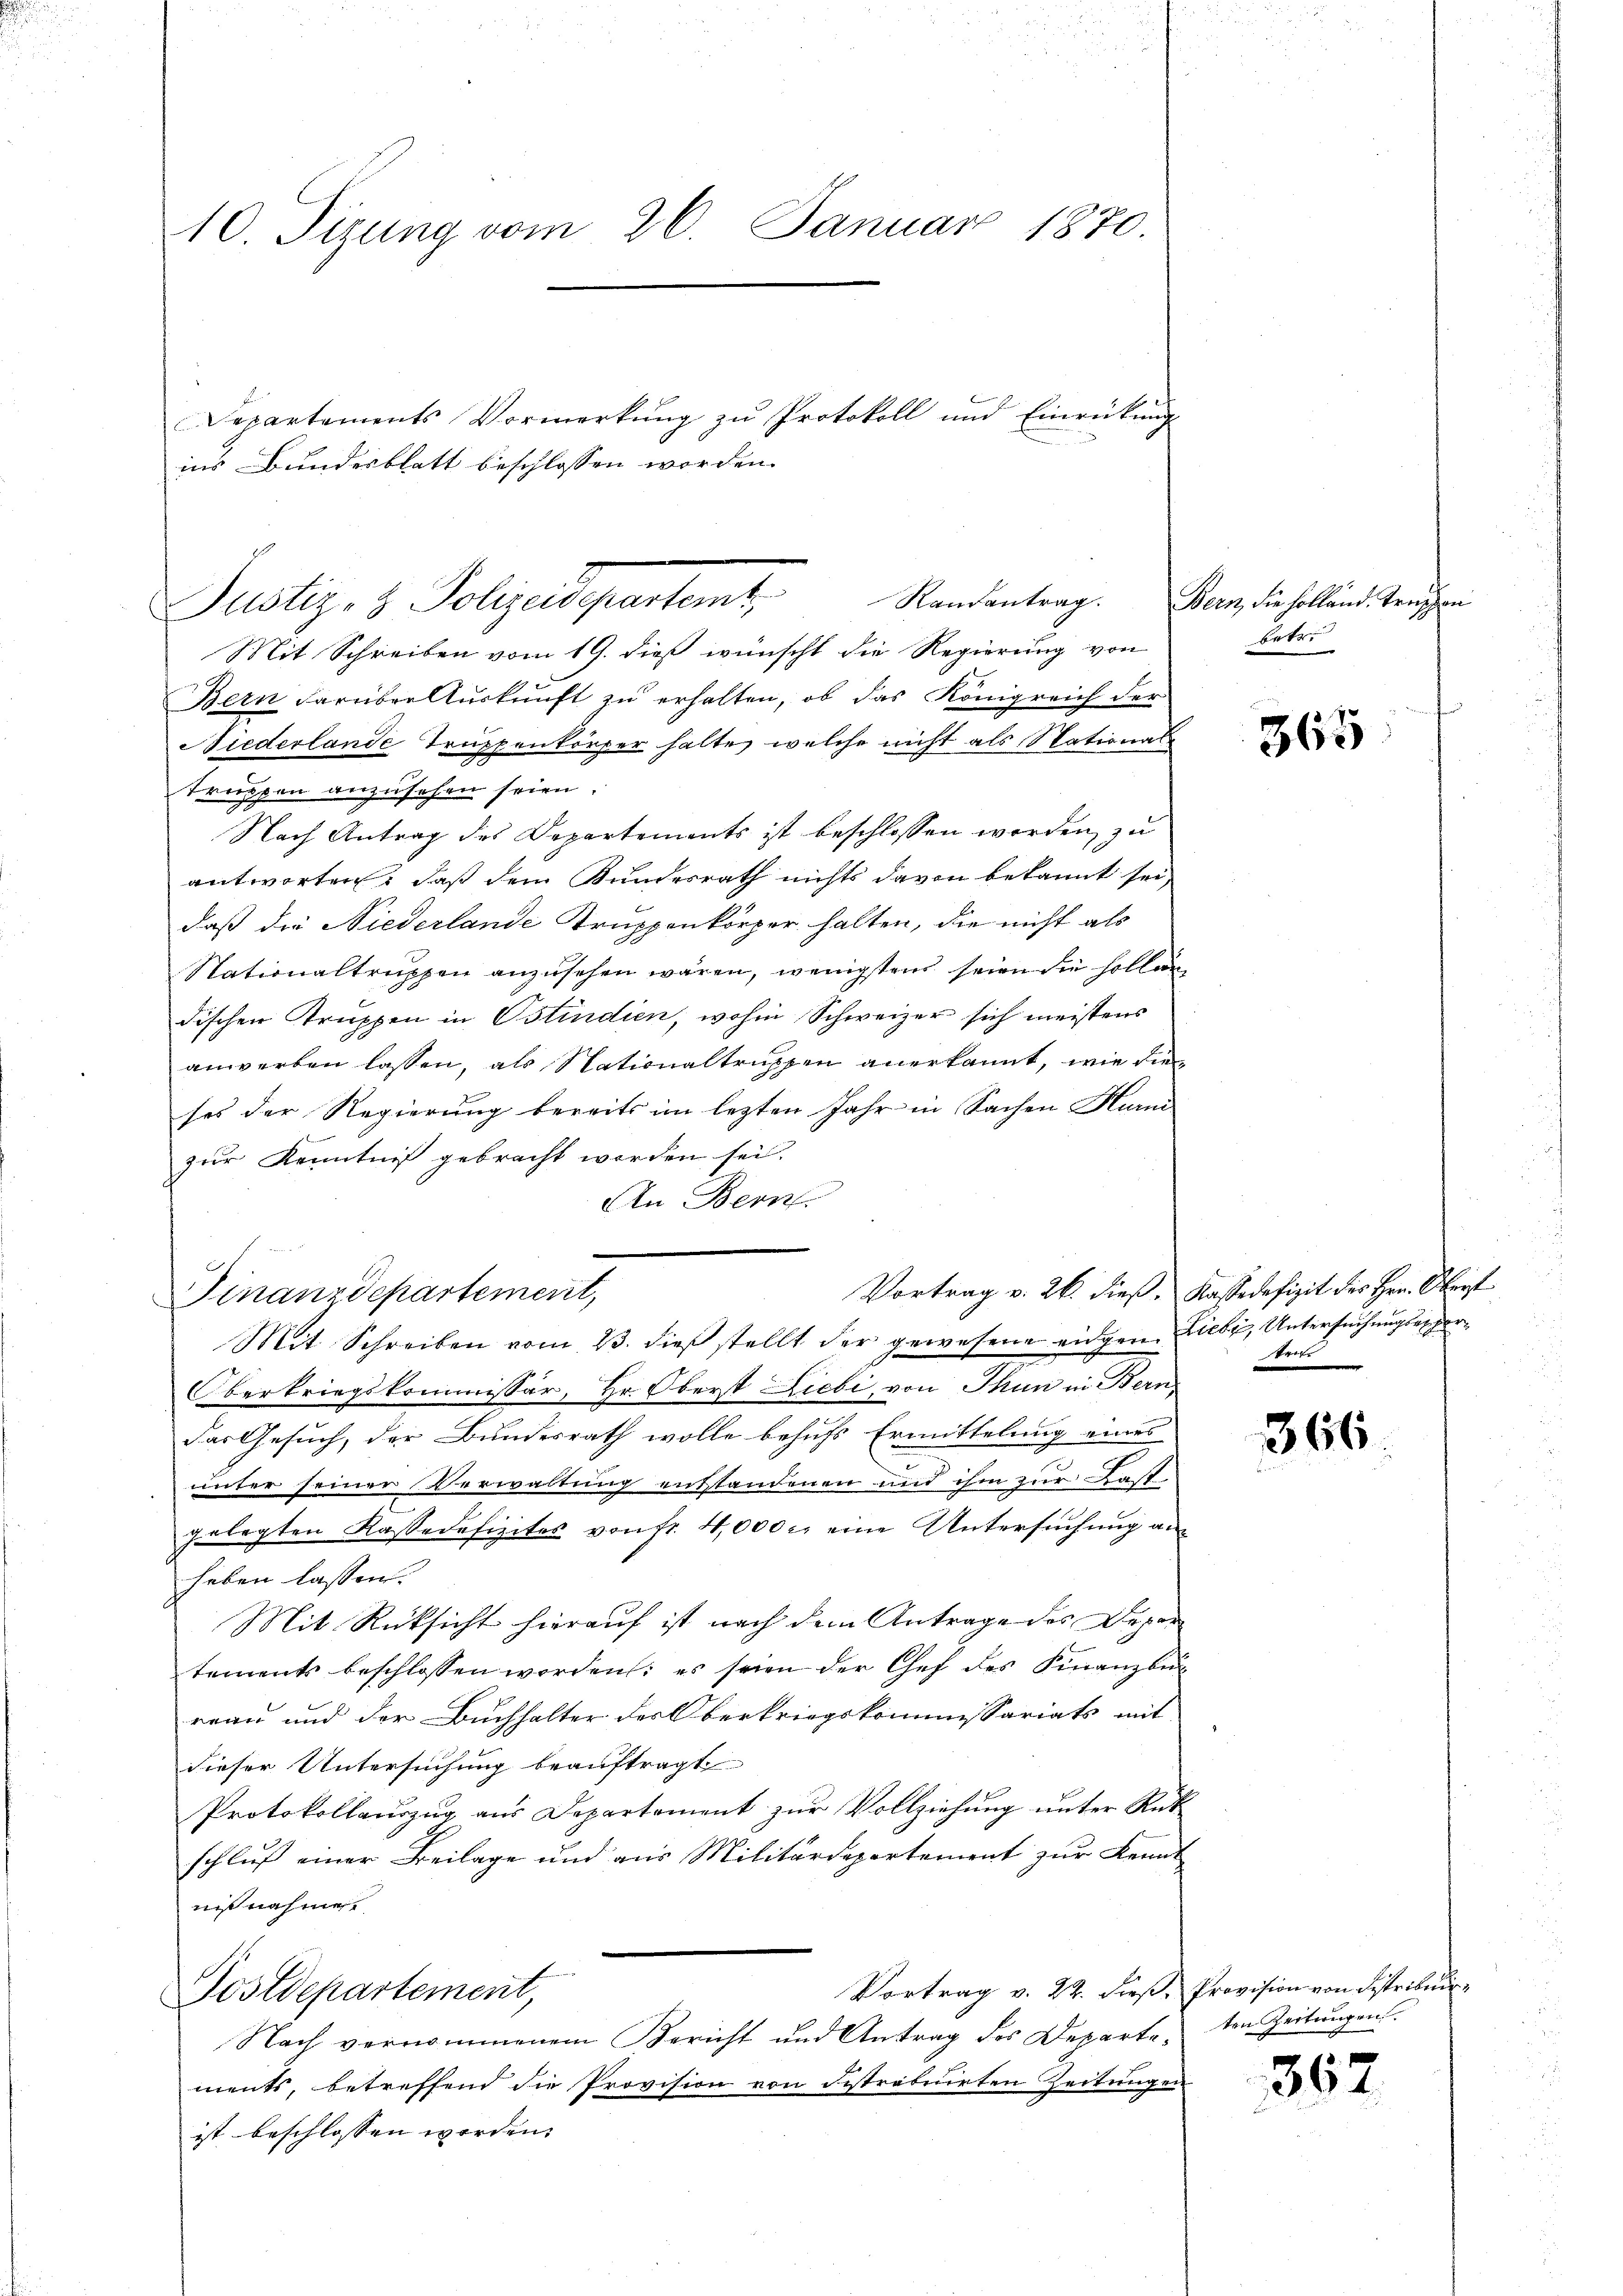
u

Mit Schreiben vom 19. dieß wünscht die Regierung von
Bern darüber Aŭskŭnft zu erhalten, ob das Königreich der
Niederlande Truppenkörper halte, welche nicht als National
truppen anzusehen seien.
Nach Antrag des Departements ist beschlossen worden, zu
antworten, daß dem Bundesrath nichts davon bekannt sei,
daß die Niederlande Truppenkörper halten, die nicht als
Nationaltrŭppen anzŭsehen wären, wenigstens seien die hollen-
dischen Truppen in Ostindien, wohin Schweizer sich meistens
anwerben lassen, als Nationaltruppen anerkannt, wie die
ses der Regierung bereits im lezten Jahr in Sachen Hurni
zur Kenntniß gebracht werden sei.
An Bern.
Vortrag v. 26. dieß. Kassadefizit des Herr Oberst
Finanzdepartement,
Mit Schreiben vom 23. dieβ stellt der gewesene eidgen. Liebe, Untersuchungserger¬
Oberkriegskommissär, Hr. Oberst Liebi, von Thun in Bern,
das Gesuch, der Bundesrath wolle behufs Ermittelung eines
.
unter seiner Verwaltung entstandenen und ihm zur Last
gelegten Kassadefizites von fr. 4,000 c. eine Untersuchung anheben lassen.
Mit Rücksicht hierauf ist nach dem Antrage des Depar
tements beschlossen worden; es seien der Chef des Finanzbe
reau und der Buchhalter des Oberkriegskommissariats mit
dieser Untersuchung beauftragt
Protokollauszug aus Departement zur Vollziehung unter Rükschluß einer Beilage und aus Militärdepartement zur Kennt
nißnahme.
Vortrag v. 22. dieß, Provision von Distribuir
Postdepartement,
Nach vernommenem Bericht und Antrag des Departeten Zeitungen.
ments, betreffend die Provision von Distratuirten Zeitungen
ist beschlossen worden. |

Justiz- & Polizeidepartemt, Standentrag.

10. Sizung vom 26. Januar 1870.
Departements Vormerkung zu Protokoll und Einrückung
ins Bundesblatt beschlossen worden.

Bern, die Holland Treppen
betre

365

tritt

366.

362